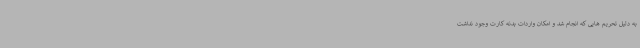
به دلیل تحریم هایی که انجام شد و امکان واردات بدنه کارت وجود نداشت